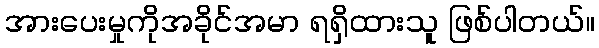
အားပေးမှုကိုအခိုင်အမာ ရရှိထားသူ ဖြစ်ပါတယ်။